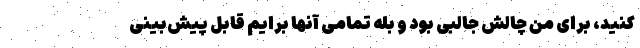
کنید، برای من چالش جالبی بود و بله تمامی آنها برایم قابل ‌پیش‌بینی